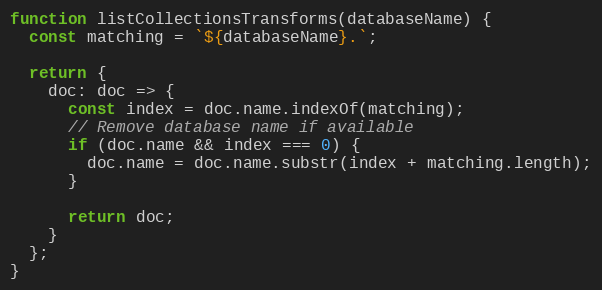
Language: JavaScript
function listCollectionsTransforms(databaseName) {
  const matching = `${databaseName}.`;

  return {
    doc: doc => {
      const index = doc.name.indexOf(matching);
      // Remove database name if available
      if (doc.name && index === 0) {
        doc.name = doc.name.substr(index + matching.length);
      }

      return doc;
    }
  };
}